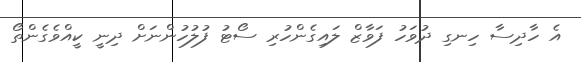
އެ ހާދިސާ ހިނގި ދުވަހު ފަވާޒް ލައިގެންހުރި ސޯޓު ފުލުހުންނަށް ދިނީ ކީއްވެގެންތޯ